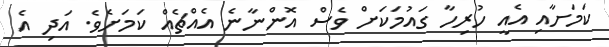
ކަމަށާއި އެއީ ހުރިހާ ގައުމަކަށް ވެސް އޮންނާނެ އެއްޗެއް ކަމަށެވެ. އަދި އެ